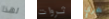
لهذا ثروات حجري